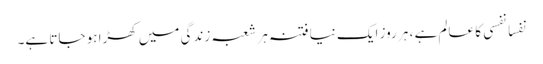
نفسا نفسی کا عالم ہے ، ہر روز ایک نیا فتنہ ہر شعبہ زندگی میں کھڑا ہو جاتا ہے۔